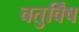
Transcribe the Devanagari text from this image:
चतुर्विंष